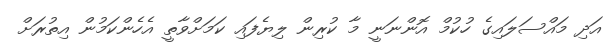
އަދި މައްސަލައިގެ ހުކުމް އޮންނަނީ މާ ކުރިން ލިޔެފައި ކަމަށްވާތީ އެހެންކަމުން އިތުރަށް